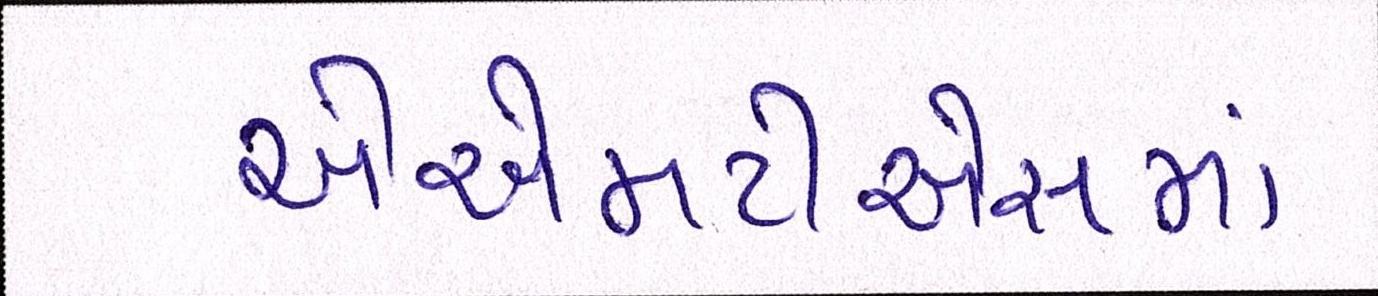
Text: એએમટીએસમાં